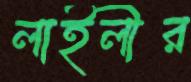
লাইলীর